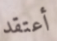
أعتقد